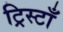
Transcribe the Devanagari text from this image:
ट्रिस्टाँ